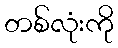
တစ်လုံးကို